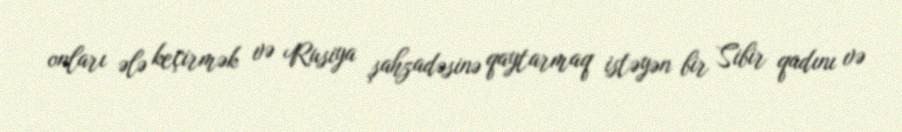
onları ələ keçirmək və Rusiya şahzadəsinə qaytarmaq istəyən bir Sibir qadını və